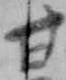
甘